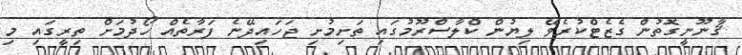
ޤާނޫނީގޮތުން ގެޒެޓްކުރެވޭ ލިޔުން ކްލާސްރޫމުގައި ތަށިމުށި ޖަހައިދޭނެ ފަރާތެއް ހޯދުމަށް ތިރީގައި މި